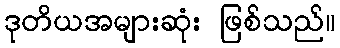
ဒုတိယအများဆုံး ဖြစ်သည်။